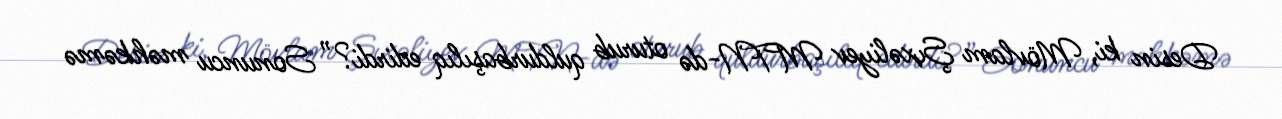
Desin ki, Mövlam Şıxəliyev MTN-də oturub quldurbaşılıq edirdi?” Sonuncu məhkəmə